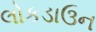
લોકડાઉન